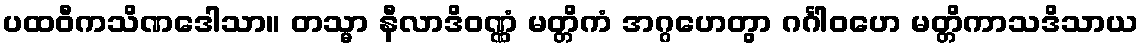
ပထဝီကသိဏဒေါသာ။ တသ္မာ နီလာဒိဝဏ္ဏံ မတ္တိကံ အဂ္ဂဟေတွာ ဂင်္ဂါဝဟေ မတ္တိကာသဒိသာယ